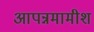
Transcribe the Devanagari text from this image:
आपन्नमामीश